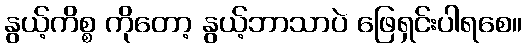
နွယ့်ကိစ္စ ကိုတော့ နွယ့်ဘာသာပဲ ဖြေရှင်းပါရစေ။